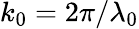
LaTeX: k_{0}=2\pi/\lambda_{0}